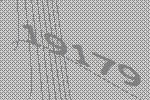
19179